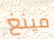
مينغ